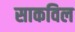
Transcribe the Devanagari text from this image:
साकविल